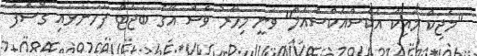
"މެޖިކް މައިކް އެކްސްއެކްސްއެލް" ވަނީ މިހާރު ވެސް އޭގެ ބަޖެޓް ފަހަނަޅައި ގޮސްފަ